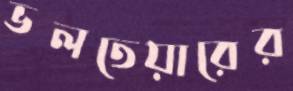
ভলতেয়ারের